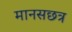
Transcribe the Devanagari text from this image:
मानसछत्र